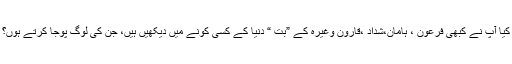
کیا آپ نے کبھی فرعون ، ہامان،شداد ،قارون وغیرہ کے ”بت “ دنیا کے کسی کونے میں دیکھیں ہیں، جن کی لوگ پوجا کرتے ہوں؟